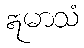
ဣမာသံ